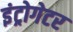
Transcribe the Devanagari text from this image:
इंट्रोगेटर